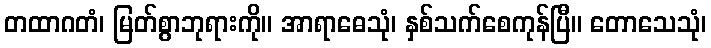
တထာဂတံ၊ မြတ်စွာဘုရားကို။ အာရာဓေသုံ၊ နှစ်သက်စေကုန်ပြီ။ တောသေသုံ၊